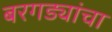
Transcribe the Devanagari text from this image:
बरगड्यांचा